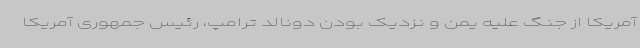
آمریکا از جنگ علیه یمن و نزدیک بودن دونالد ترامپ، رئیس جمهوری آمریکا